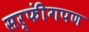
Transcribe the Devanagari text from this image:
सर्फींगपण